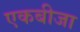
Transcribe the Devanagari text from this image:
एकबीजा